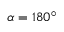
\alpha = 1 8 0 ^ { \circ }